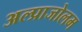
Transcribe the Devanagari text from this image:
अल्प्राजोलम